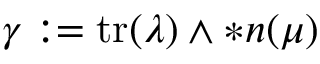
\gamma : = \mathrm { t r } ( \lambda ) \wedge \ast \boldsymbol { n } ( \mu )